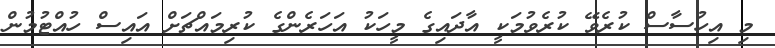
މި އިހުސާސް ކުރެވޭ ކުރެވުމަކީ އާދައިގެ މީހަކު އަހަރެންގެ ކުރިމައްޗަށް އައިސް ހުއްޓުމުން